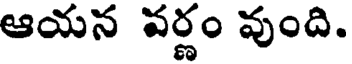
ఆయన వర్ణం వుంది.